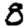
Digit: 8